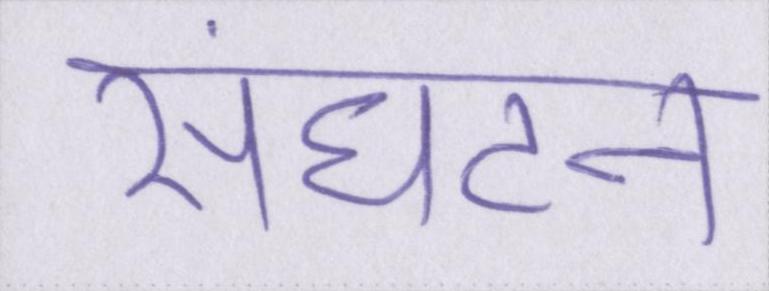
संघटन